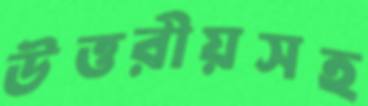
উত্তরীয়সহ